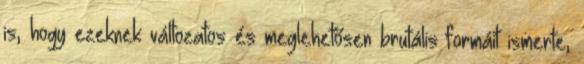
is, hogy ezeknek változatos és meglehetősen brutális formáit ismerte,